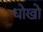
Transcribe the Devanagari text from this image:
धोखो